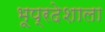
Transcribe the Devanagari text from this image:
भूप्रदेशाला